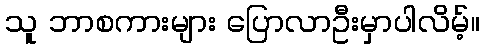
သူ ဘာစကားများ ပြောလာဦးမှာပါလိမ့်။